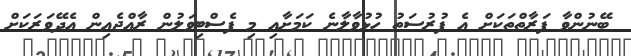
ބޭނުންވާ ފަރާތްތަކަށް އެ ފުރުސަތު ހުޅުވާލާނެ ކަމަށާއި މި ފެސްޓިވަލުން ރާއްޖެއިން އެދޭވަރަކަށް